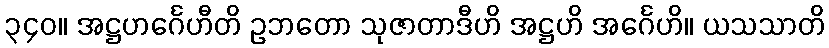
၃၄၀။ အဋ္ဌဟင်္ဂေဟီတိ ဥဘတော သုဇာတာဒီဟိ အဋ္ဌဟိ အင်္ဂေဟိ။ ယသသာတိ